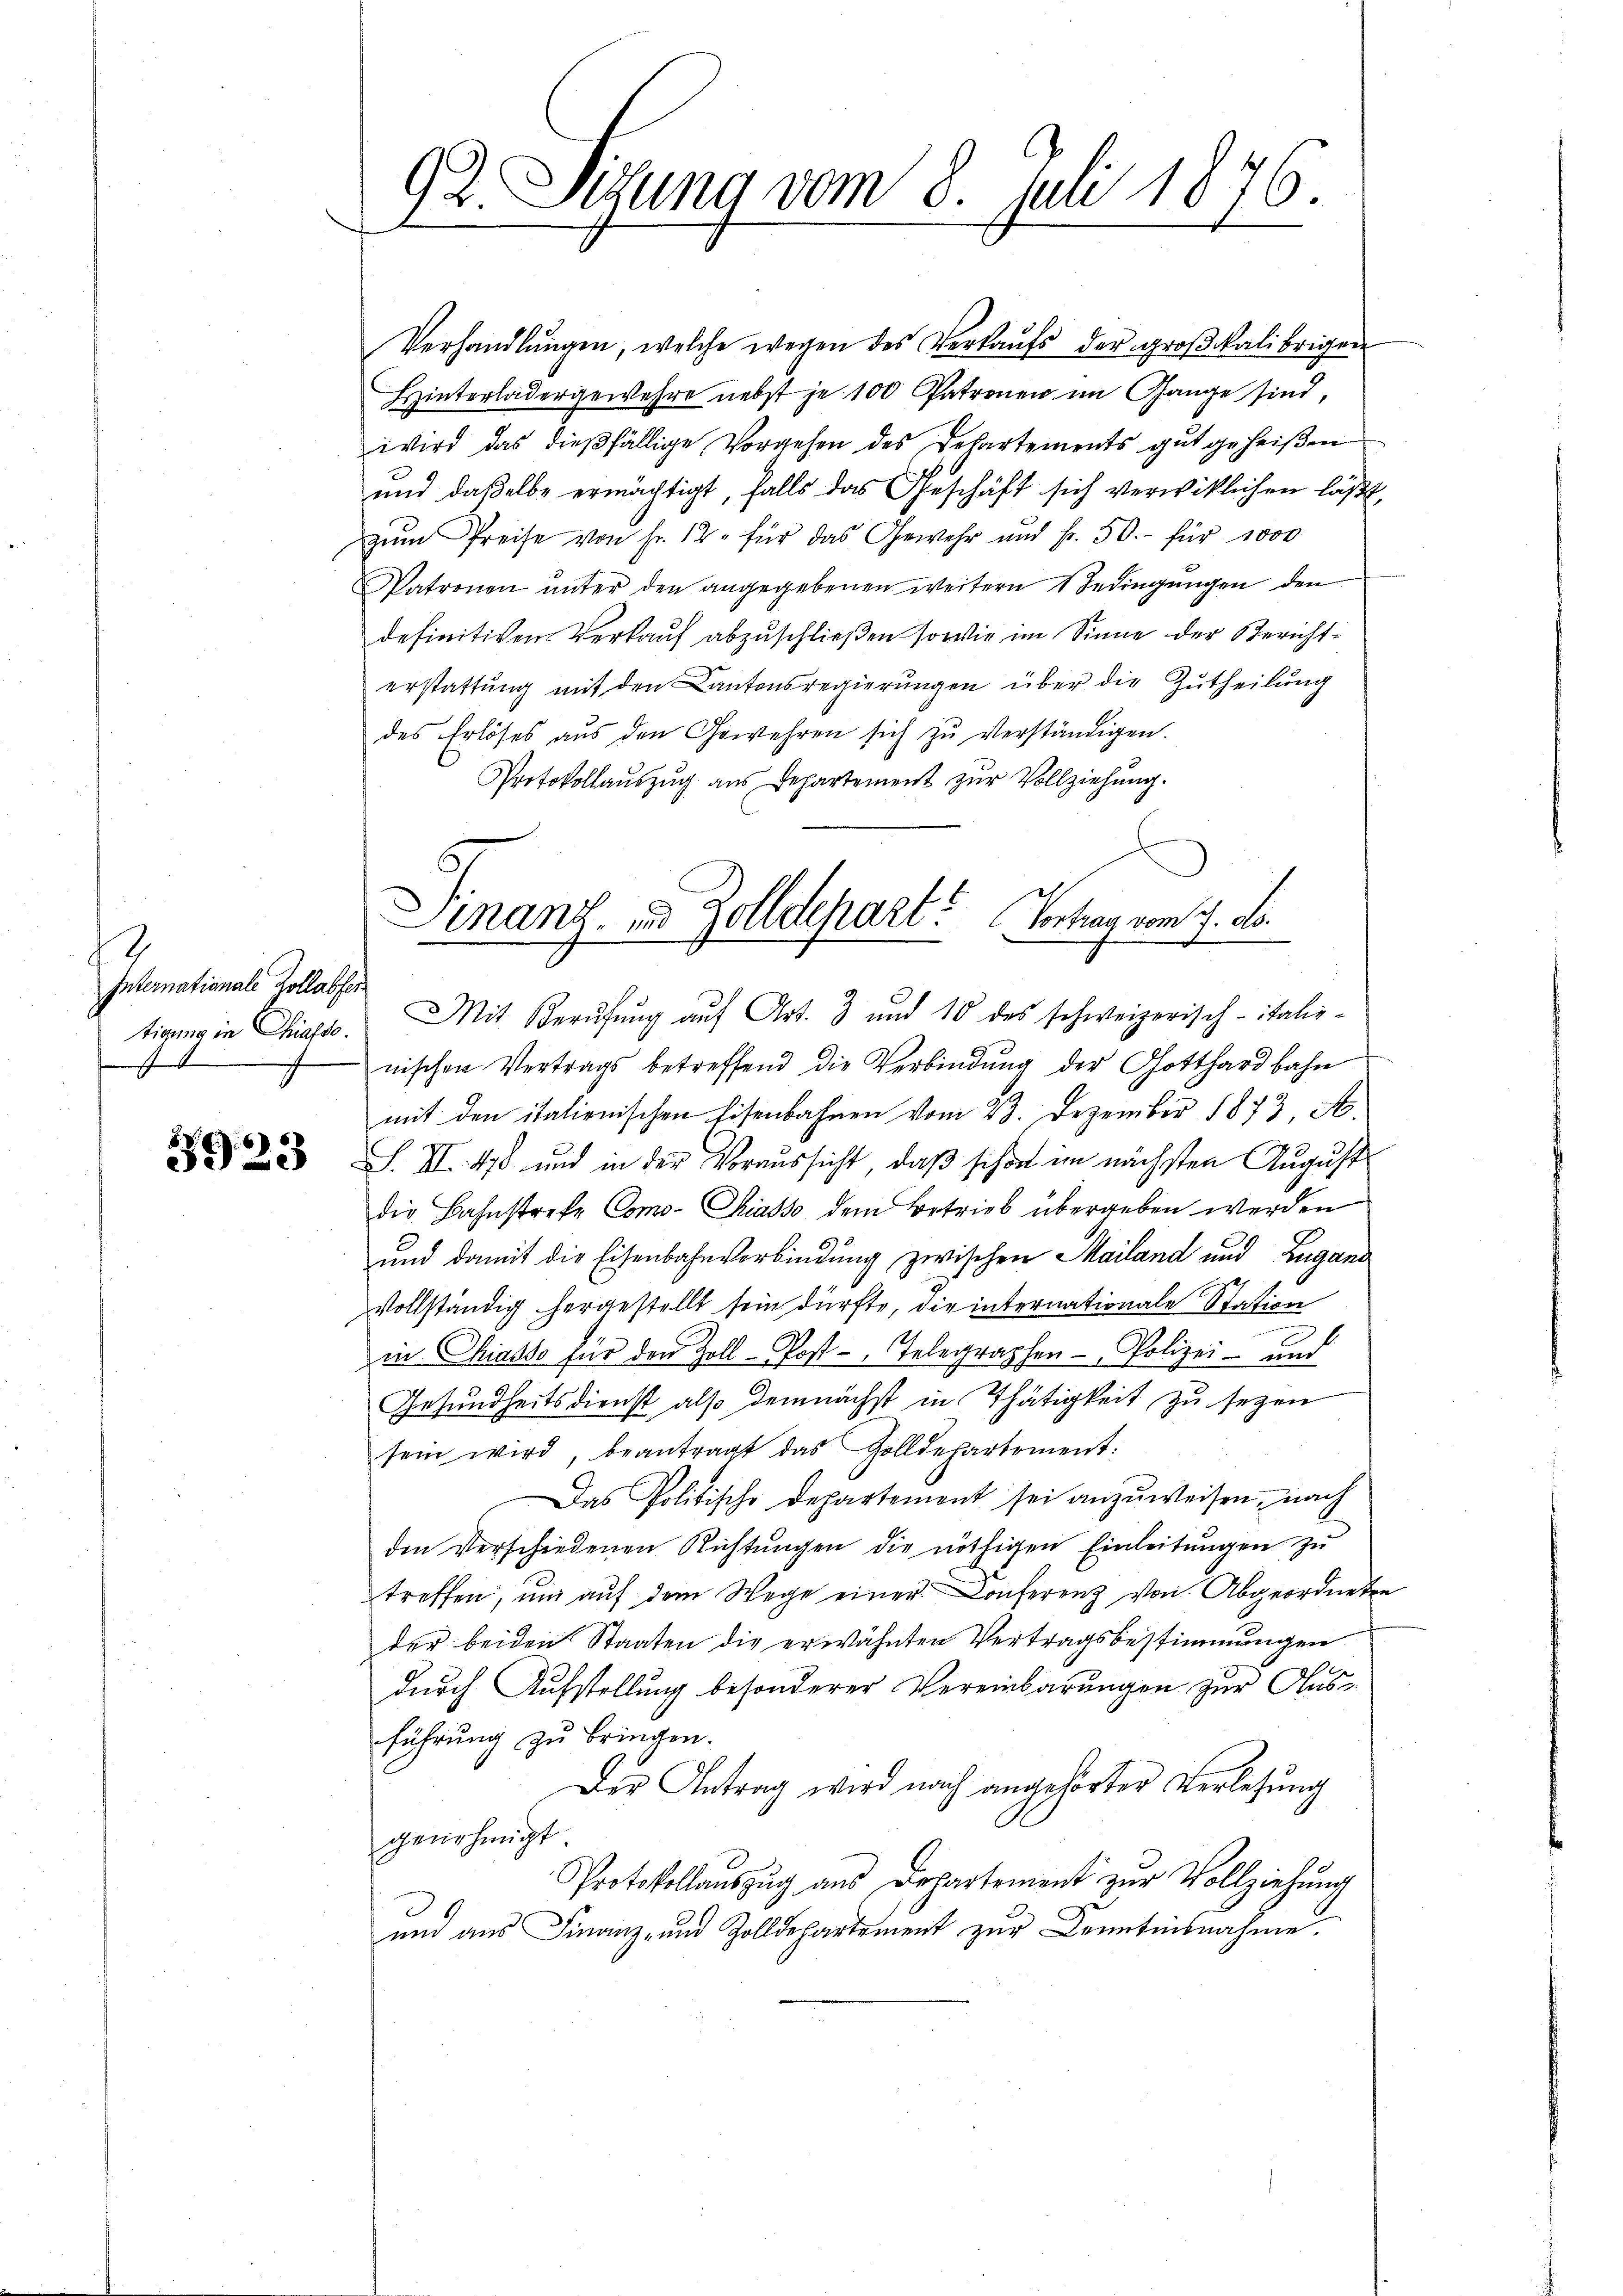
.
Internationale Kollabfer.
¬
7

.
5923

92. Sitzung vom 8. Juli 1876.

Verhandlŭngen, welche wegen des Verkaŭfs der groβikalibrigen
Hinterladergewehre nebst je 100 Patronen im Gange sind,
wird das dießfällige Vorgehen des Departements gut geheißen
und daßelbe ermächtigt, falls das Geschäft sich verwitlichen läßt,
zŭm Preise von Fr. 12. für das Gewehr und fr. 50.- für 1000
atronen unter den angegebenen weitern 1 Bedingungen den
definitiven Verkaŭf abzuschließen sowie im Sinne der Berichterstattung mit den Cantonsregierungen über die Zutheilung
des Erlöses aus den Gewehren sich zŭ verständigen.
Protokollauszug aus Departement zŭr Vollziehung.

Finanz- und Zolldepart? Vortrag vom 7. ds.
tigung in Chiasso. Mit Berufung auf Art. 3 und 10 des schweizerisch-italis-

nischen Vertrags betreffend die Verbindung der Gotthardbahn
mit den italienischen Eisenbahnen vom 23. Dezember 1873 A
S. II 478 und in der Voraussicht, daß schon im nächsten August
die Bahnstreke Como- Siasso dem Betrieb übergeben werden
und damit die Eisenbahnverbindung zwischen Mailand und Zugand
vollständig hergestellt sein dürfte, die internationale Station
in Chiasso für den Zoll-Post-Telegraphen- Polizei- und
Gesundheitsdienst also demnächst in Thätigkeit zu seyen
sein wird, beantragt das Zolldepartement:
Das Politische Departement sei anzuweisen, nach
den Verschiedenen Richtŭngen die nöthigen Einleitŭngen zŭ
treffen, und aŭf dem Wege einer Conferenz von Abgeordneten
der beiden Staaten die erwähnten Vertragsbestimmungen
durch Aufstellung besonderer Vereinbarungen zur Ausführung zu bringen.
Der Antrag wird nach angehörter Verlesung
genehmigt.
Protokollauszug aus Departement zur Vollziehung
und aus Finanz- und Zolldepartement zur Kenntnisnahme.